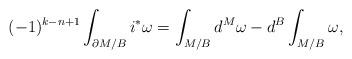
LaTeX: \begin{align*}(-1)^{k-n+1}\int_{\partial M/B}i^*\omega=\int_{M/B}d^M\omega-d^B\int_{M/B}\omega,\end{align*}